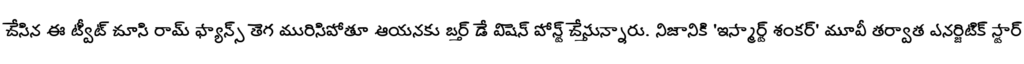
చేసిన ఈ ట్వీట్ చూసి రామ్ ఫ్యాన్స్ తెగ మురిసిపోతూ ఆయనకు బర్త్ డే విషెస్ పోస్ట్ చేస్తున్నారు. నిజానికి 'ఇస్మార్ట్ శంకర్' మూవీ తర్వాత ఎనర్జిటిక్ స్టార్